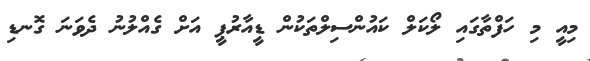
މިއީ މި ހަފްތާގައި ލޯކަލް ކައުންސިލްތަކުން ޑީއާރުޕީ އަށް ގެއްލުނު ދެވަނަ ގޮނޑި